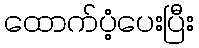
ထောက်ပံ့ပေးပြီး